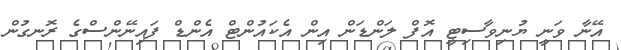
އޭނާ ވަނީ ޔުނިވާސިޓީ އޮފް ލަންޑަން އިން އެކައުންޓް އެންޑް ފައިނޭންސްގެ ރޮނގުން